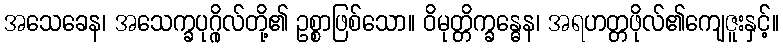
အသေခေန၊ အသေက္ခပုဂ္ဂိုလ်တို့၏ ဥစ္စာဖြစ်သော။ ဝိမုတ္တိက္ခန္ဓေန၊ အရဟတ္တဖိုလ်၏ကျေဇူးနှင့်။